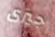
جيرى